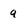
Character: q